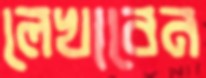
লেখাবেন